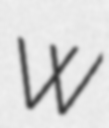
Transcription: W